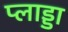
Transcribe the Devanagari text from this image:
प्लाड्डा